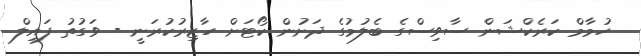
ހުމާމް ކަރެކްޝަން ސާވިސްގެ ބެލުމުގެ ދަށުން ކޯޓަށް ހާޒިރުކުރަނީ - ވަގުތު ފައިލް